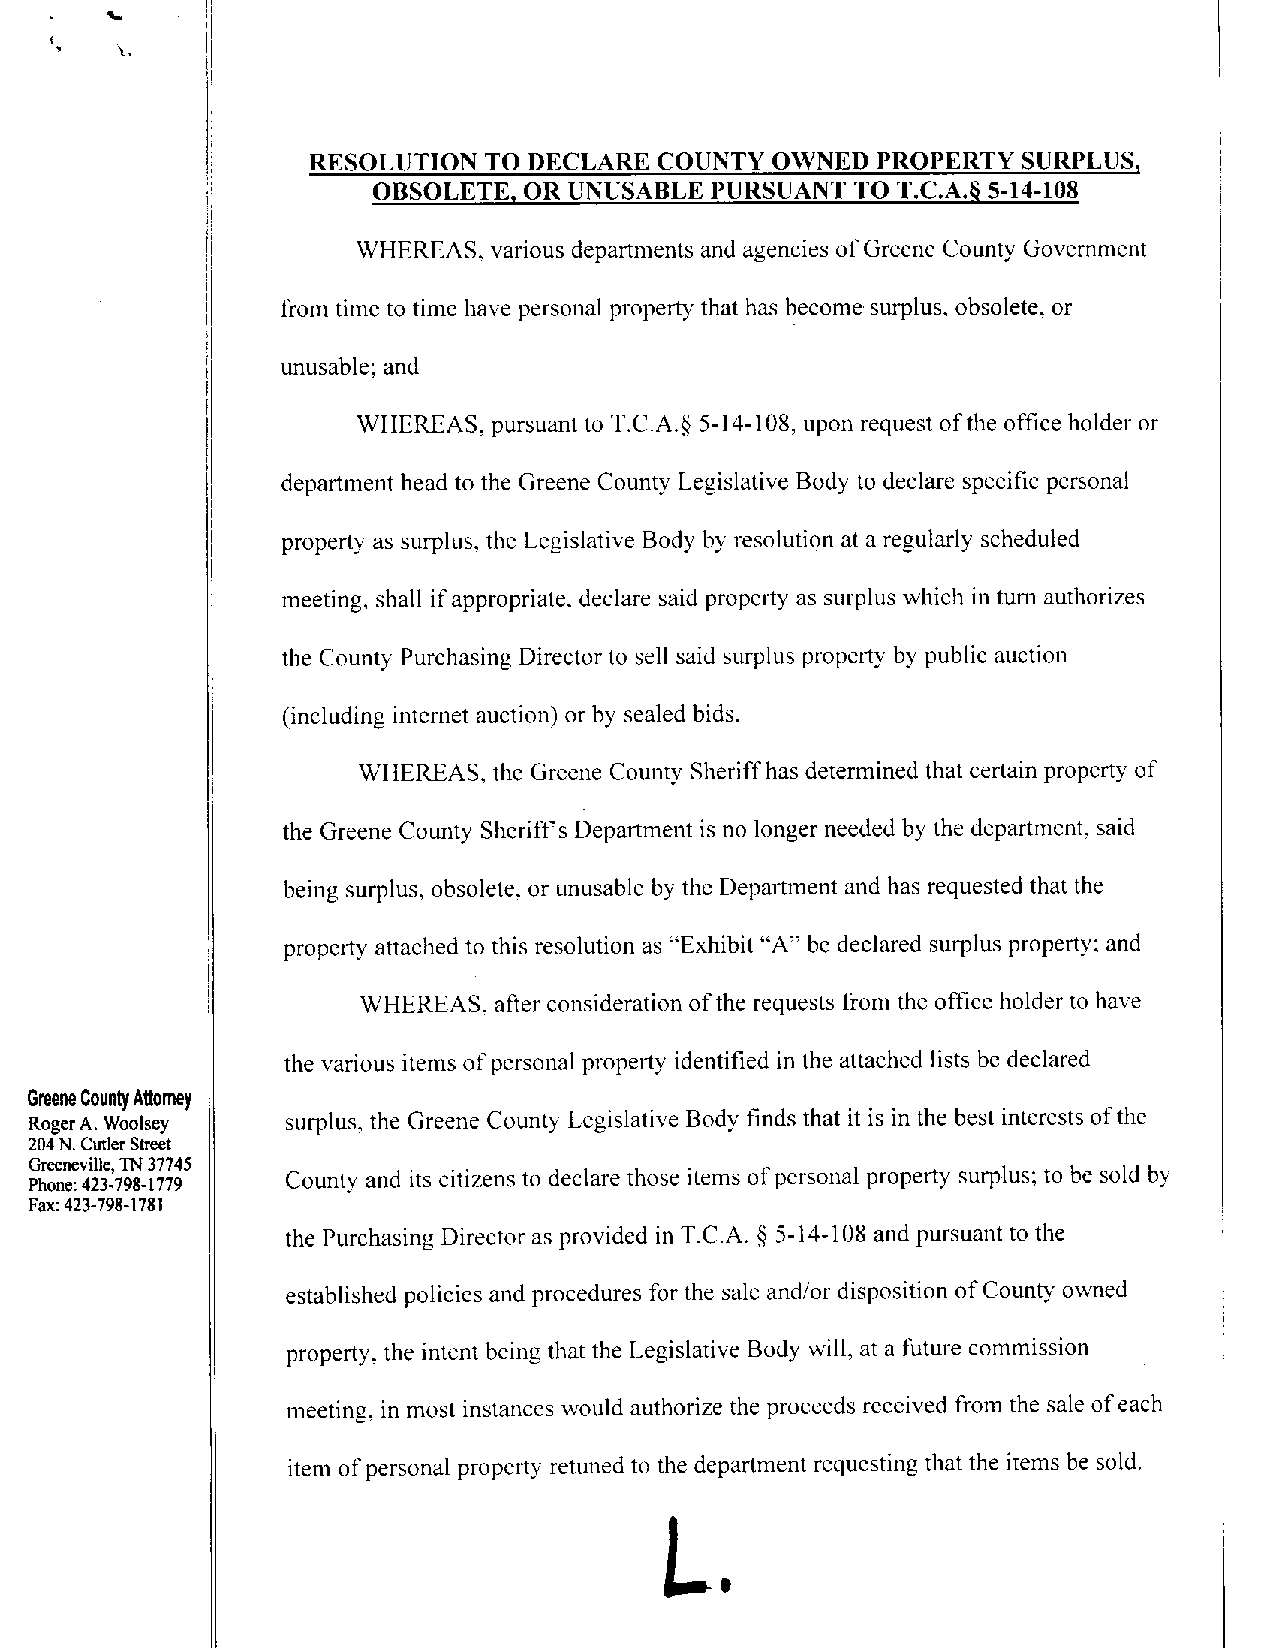
RESOLUTION TO DECLARE COUNTY  OWNED  PROPERTY  SURPLUS,
 OBSOLETE, OR UNUSABLE PURSUANTTO  T.C.A.~5-14-108
 WHEREAS. various departments and agencies ofGreene County Government
 from time to time havepersonal property that has become surplus, obsolete, or
 unusable; and
 WHEREAS, pursuantto T.C.A.~5-14-108, upon requestofthe office holder or
 department head to theGreene County Legislative Body to declare specific personal
 property as surplus, the Legislative Body by resolution at a regularly scheduled
 meeting, shall ifappropriate, declare said property as surplus which in turn authorizes
 the County Purchasing Director to sell said surplus property by public auction
 (including internet auction) or by sealed bids.
 WHEREAS, the Greene County Sheriffhas determined that certain property of
 the Greene County Sheriffs Department isno longer needed by thedepartment, said
 being surplus, obsolete, or unusable by the Department and has requested that the
 property attached to this resolution as “Exhibit “A” be declared surplus property;and
 WHEREAS, after consideration ofthe requests from the office holder to have
 thevarious items ofpersonal property identifiedin the attached lists be declared
 GreeneCountyAttorney
 RogerA. Woolsey  surplus. the Greene County Legislative Body finds that it is in the best interests ofthe
 204N.CutlerStreet
 Greeneville,TN37745
 Phone:423-798-1779 County and its citizens to declare those items ofpersonal property surplus; to be sold by
 Fax:423-798-1781
 the Purchasing Director as provided in T.C.A. § 5-14-108 and pursuant to the
 established policies and procedures forthe sale and/ordisposition ofCounty owned
 property, the intent being that the Legislative Body will, at a future commission
 meeting, in most instances would authorize the proceeds received from the saleofeach
 item of personal property retuned to the department requesting that the items be sold.
 L.